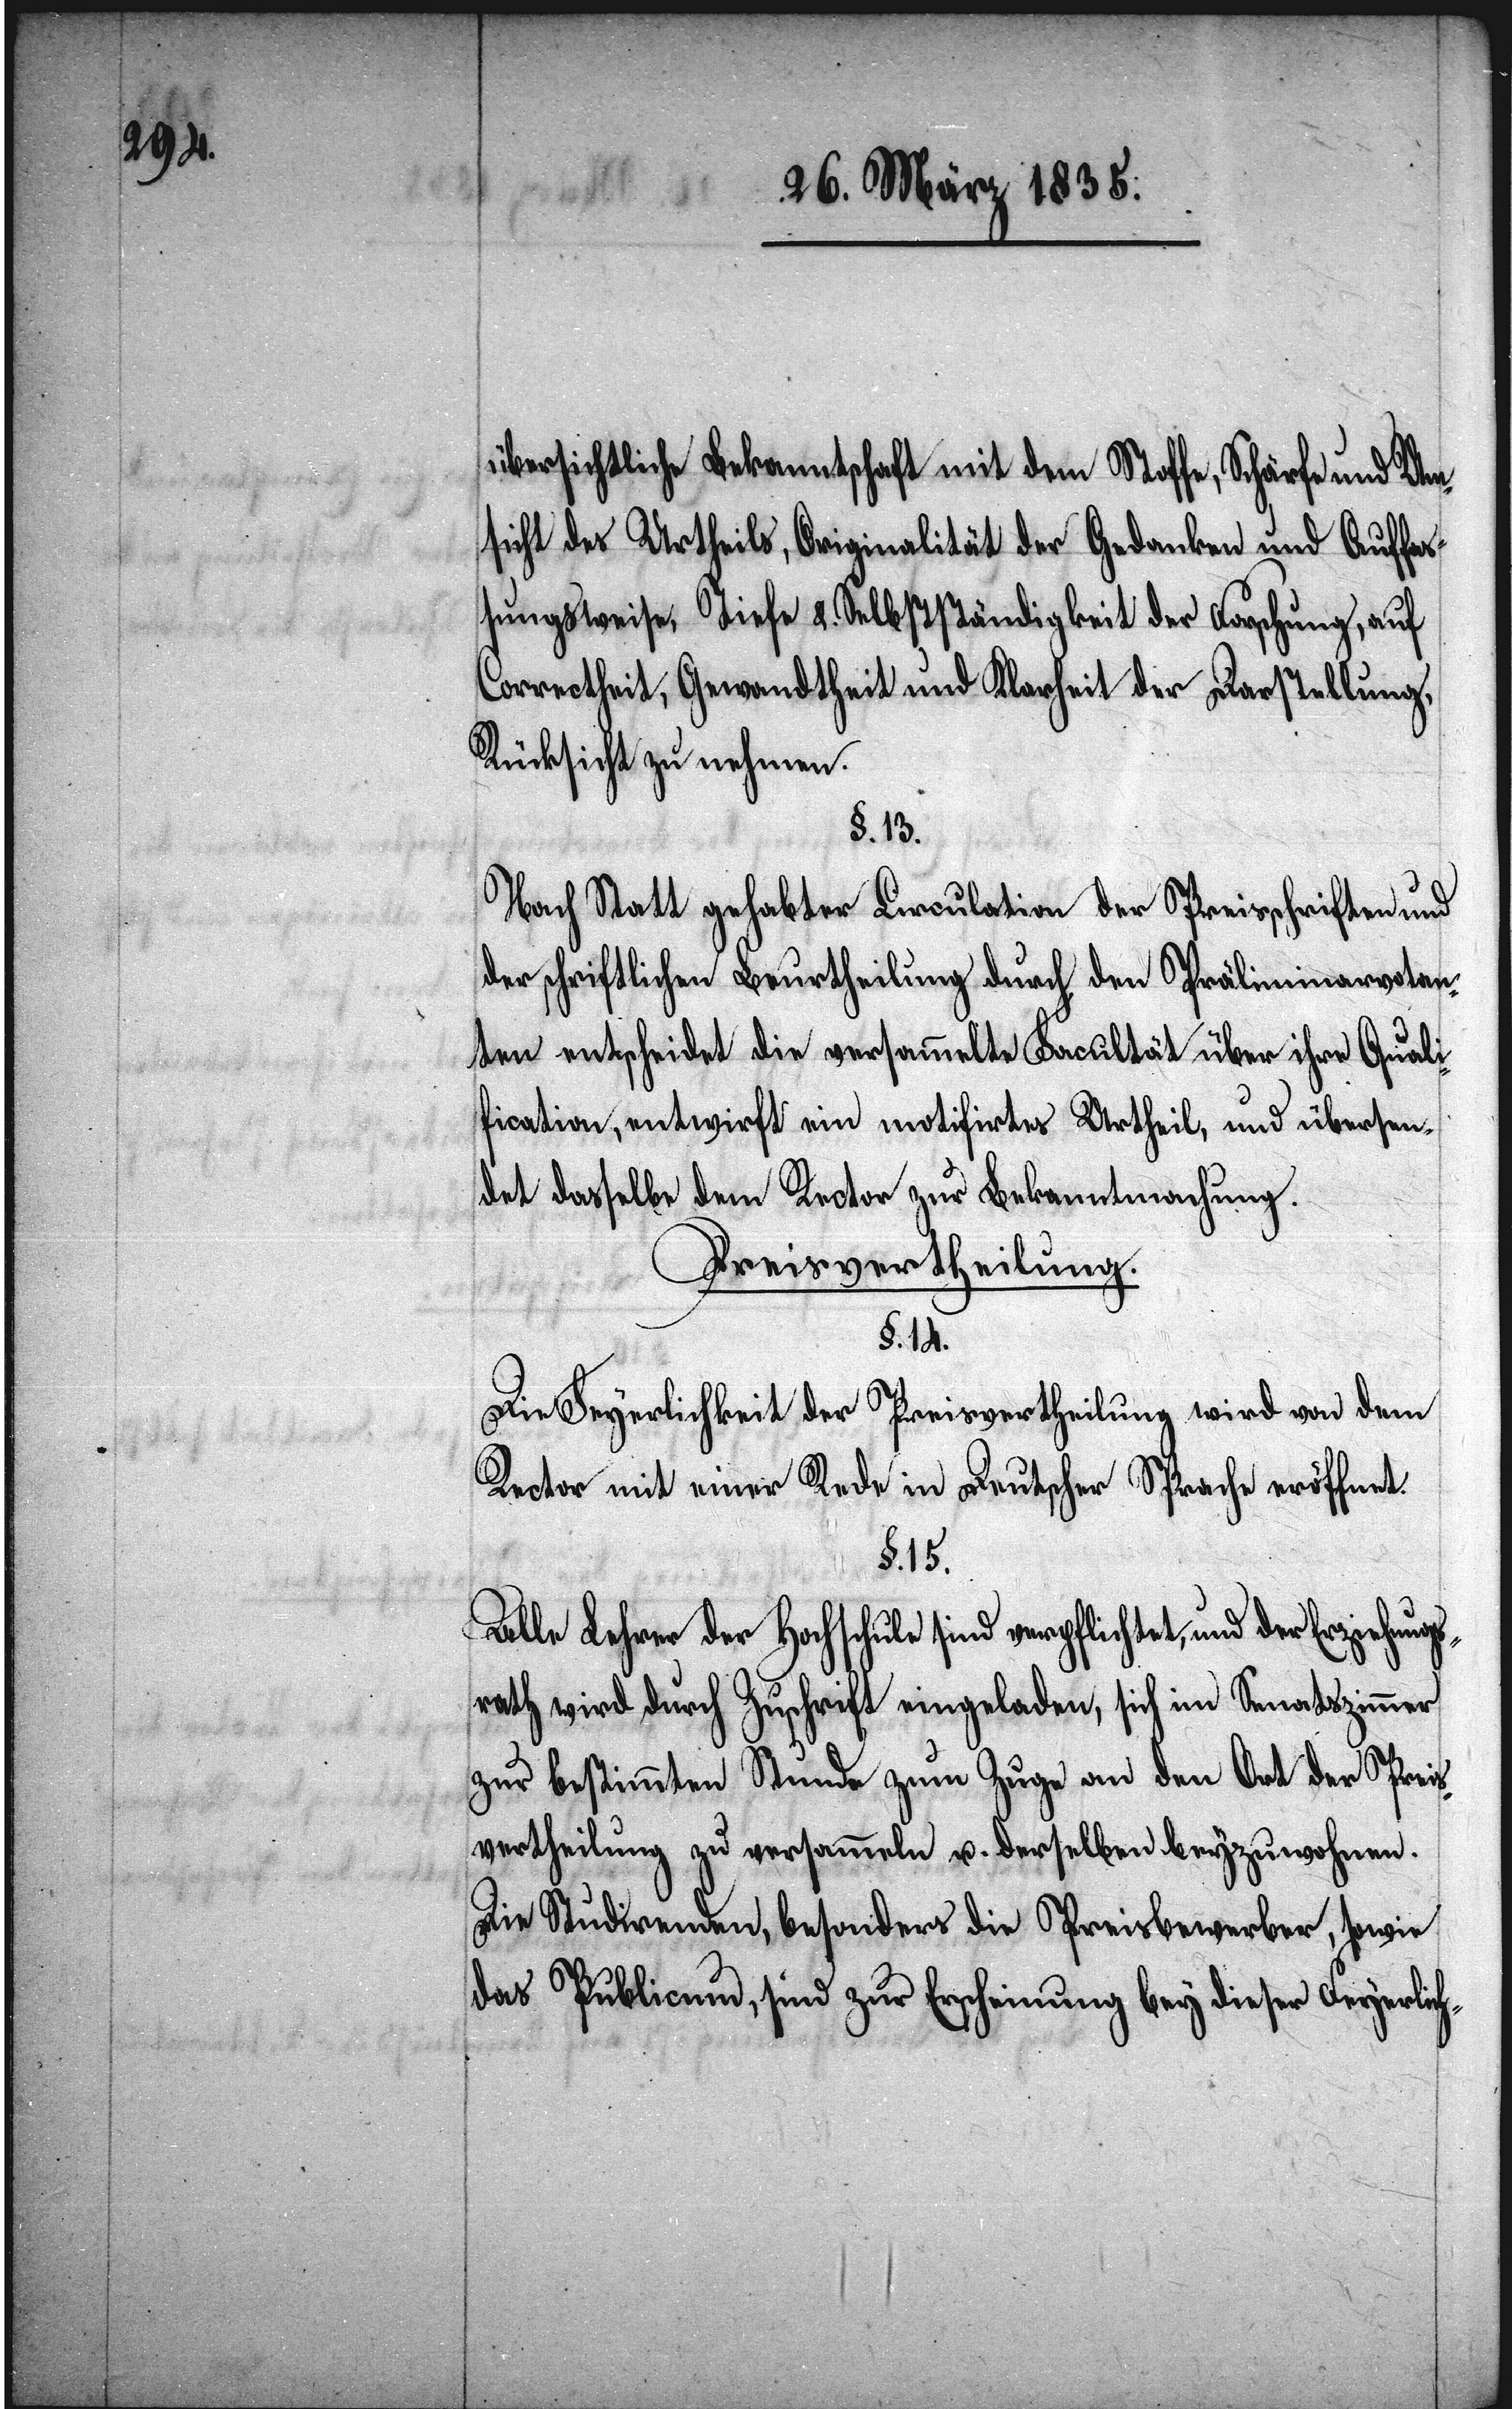
übersichtliche Bekanntschaft mit dem Stoffe, Schärfe und Um¬
sicht des Urtheils, Originalität der Gedanken und Auffaß¬
ungsweise, Tiefe &. Selbstständigkeit der Forschung, auf
Correctheit, Gewandtheit und Klarheit der Darstellung,
Rücksicht zu nehmen.
§. 13.
Nach Statt gehabter Circulation der Preisschriften und
der schriftlichen Beurtheilung durch den Präliminarvotan¬
ten entscheidet die versammelte Facultät über ihre Quali¬
fication, entwirft ein motifirtes Urtheil, und übersen¬
det dasselbe dem Rector zur Bekanntmachung.
Preisvertheilung.
§. 14.
Preisvertheilung wird von dem
Die Feyerlichkeit der
Rector mit einer Rede in Deutscher Sprache eröffnet.
§. 15.
Alle Lehrer der Hochschule sind verpflichtet, und der Erziehung¬
srath wird durch Zuschrift eingeladen, sich im Senatszimmer
zur bestimmten Stunde zum Zuge an den Ort der Preis¬
vertheilung zu versammeln u. derselben beyzuwohnen.
Die Studirenden, besonders die Preisbewerber, sowie
das Publicum, sind zur Erscheinung bey dieser Feyerlich-